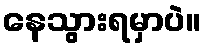
နေသွားရမှာပဲ။